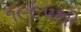
૧૯૯૫થી